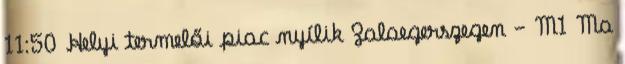
11:50 Helyi termelői piac nyílik Zalaegerszegen - M1 Ma